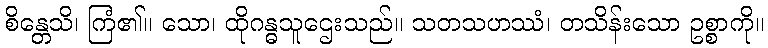
စိန္တေသိ၊ ကြံ၏။ သော၊ ထိုဂန္ဓသူဌေးသည်။ သတသဟဿံ၊ တသိန်းသော ဥစ္စာကို။